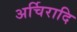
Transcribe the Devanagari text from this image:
अर्चिरादि